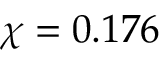
\chi = 0 . 1 7 6